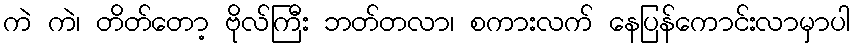
ကဲ ကဲ၊ တိတ်တော့ ဗိုလ်ကြီး ဘတ်တလာ၊ စကားလက် နေပြန်ကောင်းလာမှာပါ